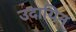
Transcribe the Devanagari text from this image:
उदायिन्